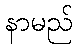
နာမည်